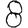
Digit: 8